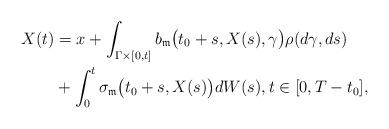
LaTeX: \begin{align*} X(t) &= x + \int_{\Gamma\times[0,t]} b_{\mathfrak{m}}\bigl(t_{0}+s,X(s),\gamma\bigr)\rho(d\gamma,ds) \\&+ \int_{0}^{t} \sigma_{\mathfrak{m}}\bigl(t_{0}+s,X(s)\bigr)dW(s),t\in [0,T-t_{0}],\end{align*}